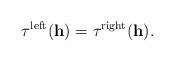
LaTeX: \begin{align*}\tau^{\mathrm{left}}(\mathbf{h})=\tau^{\mathrm{right}}(\mathbf{h}).\end{align*}